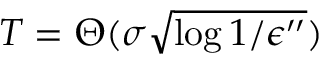
T = \Theta ( \sigma \sqrt { \log { 1 / \epsilon ^ { \prime \prime } } } )